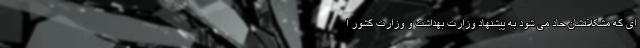
ای که مشکلاتشان حاد می شود به پیشنهاد وزارت بهداشت و وزارت کشور ا